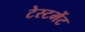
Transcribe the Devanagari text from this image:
टेस्टमेंट